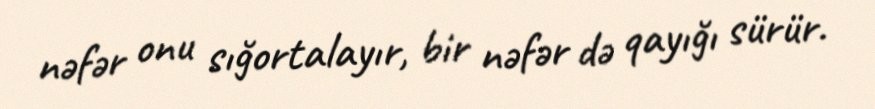
nəfər onu sığortalayır, bir nəfər də qayığı sürür.